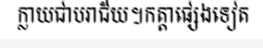
ក្លាយជាបរាជ័យ។កត្តាផ្សេងទៀត